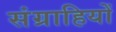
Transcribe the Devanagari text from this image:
संग्राहियों